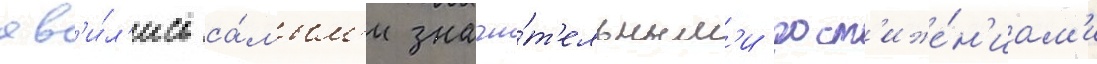
яв'и́л'ись са́мым'и значи́т'ельным'и дост'иже́н'иам'и